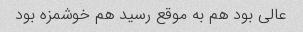
عالی بود هم به موقع رسید هم خوشمزه بود